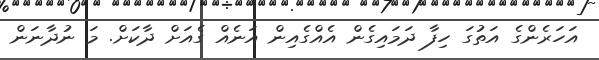
އަހަރެންގެ އަތުގަ ހިފާ ދަމައިގެން އެއްގެއިން އަނެއް ގެއަށް ދާކަށް. މަ ނުދާނަން